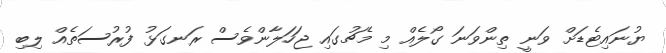
ޔުނައިޓެޑަށް ވަނީ ތިންވަނަ ގޯލެއް މި މެޗުގައި ޖަހަލާންވެސް ރަނގަޅު ފުރުސަތެއް ލިބި